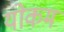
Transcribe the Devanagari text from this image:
योकम